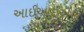
આઈઆઈએસ